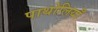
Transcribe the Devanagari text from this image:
पाथोलियाँ